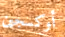
أوكسجين